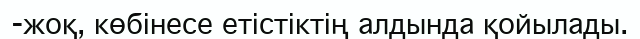
-жоқ, көбінесе етістіктің алдында қойылады.